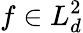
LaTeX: f\in L_{d}^{2}